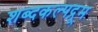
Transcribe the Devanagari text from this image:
शब्दकल्पद्रूम